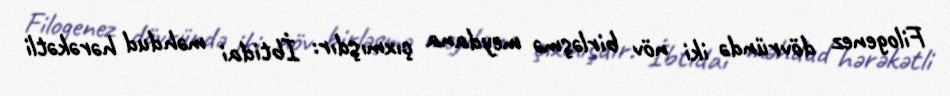
Filogenez dövründə iki növ birləşmə meydana çıxmışdır: İbtidai məhdud hərəkətli